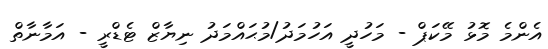
އެންމެ މޮޅު މޭކަޕް - މަހުދީ އަހުމަދު/މުޙައްމަދު ނިޔާޒް ޓެޑްރީ - އަމާނާތް